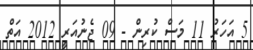
5 އަހަރު 11 މަސް ކުރިން - 09 ޖެނުއަރީ 2012 އަތް